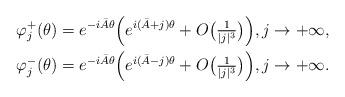
LaTeX: \begin{align*}&\varphi_j^+(\theta)=e^{-i\bar A\theta}\Big(e^{i(\bar A+j)\theta}+O\big(\tfrac1{|j|^3}\big)\Big),j\to+\infty,\\&\varphi_j^-(\theta)=e^{-i\bar A\theta}\Big(e^{i(\bar A-j)\theta}+O\big(\tfrac1{|j|^3}\big)\Big),j\to+\infty.\end{align*}